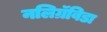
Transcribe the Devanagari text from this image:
नलिग्रॅविडा